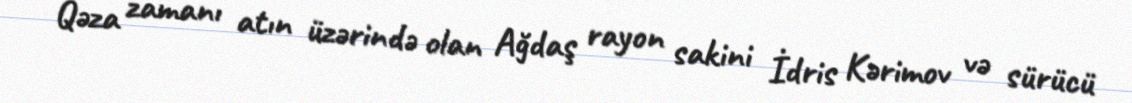
Qəza zamanı atın üzərində olan Ağdaş rayon sakini İdris Kərimov və sürücü